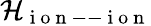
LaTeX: \mathcal{H}_{\mathrm{~i~o~n~--~i~o~n~}}